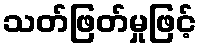
သတ်ဖြတ်မှုဖြင့်